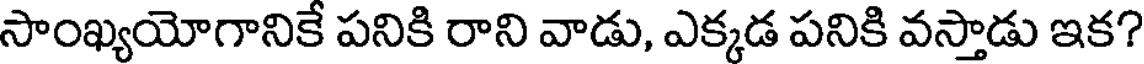
సాంఖ్యయోగానికే పనికి రాని వాడు, ఎక్కడ పనికి వస్తాడు ఇక?